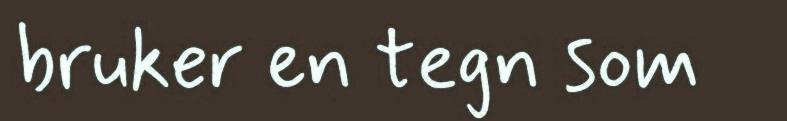
bruker en tegn som